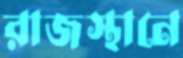
রাজস্থানে